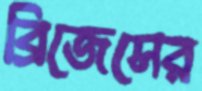
ব্রিজেসের